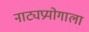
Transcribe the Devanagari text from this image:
नाट्यप्रयोगाला